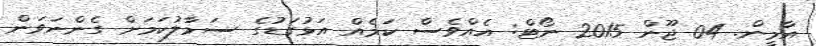
އާމީން. 04 ޖޫން 2015 ނޯޓް: އެއްވެސް ކަމެއް އަޅުގަޑުގެ ސަމާލުކަމަށް ގެންނަވަން